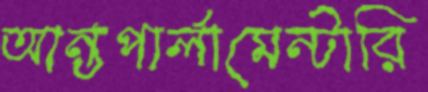
আন্তপার্লামেন্টারি